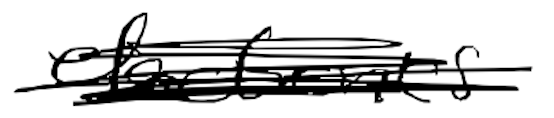
Text: electronics
Cross-out: scratch
Writing tool: digital_black